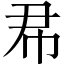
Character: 𢁨